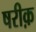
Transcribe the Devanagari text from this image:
षरीक़